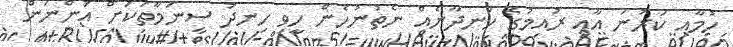
ހުމާއި ކަރުނަ އާއި ރުއިމުގެ ހަނދާނެއް ނެތުނުހެން ހީވި ހިނދު ސިނަމާތަކަށް އަންނަން